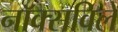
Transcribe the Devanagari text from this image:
नाॅक्सविले